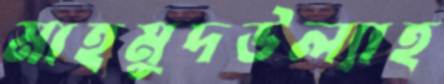
মাহমুদউল্যাহ